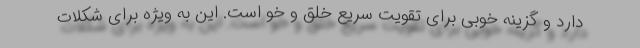
دارد و گزینه خوبی برای تقویت سریع خلق و خو است. این به ویژه برای شکلات